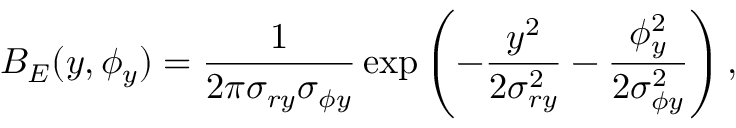
B _ { E } ( y , \phi _ { y } ) = \frac { 1 } { 2 \pi \sigma _ { r y } \sigma _ { \phi y } } \exp \left( - \frac { y ^ { 2 } } { 2 \sigma _ { r y } ^ { 2 } } - \frac { \phi _ { y } ^ { 2 } } { 2 \sigma _ { \phi y } ^ { 2 } } \right) ,